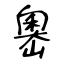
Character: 嶴